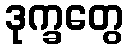
ဒုက္ခတွေ